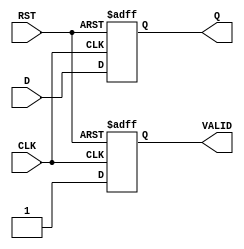
module OutputRegister #(
    parameter DATA_WIDTH = 8  // Parameter to define the width of the data
)(
    input  wire [DATA_WIDTH-1:0] D,    // Data Input
    input  wire CLK,                    // Clock Input
    input  wire RST,                    // Reset Input
    output reg  [DATA_WIDTH-1:0] Q,     // Data Output
    output reg  VALID                    // Output Valid Signal
);

    // Synchronous Reset
    always @(posedge CLK or posedge RST) begin
        if (RST) begin
            Q <= {DATA_WIDTH{1'b0}};      // Clear the register
            VALID <= 1'b0;                // Invalidate output
        end else begin
            Q <= D;                       // Capture input data
            VALID <= 1'b1;                // Indicate output is valid
        end
    end

endmodule